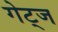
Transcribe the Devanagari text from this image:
गेट्ज